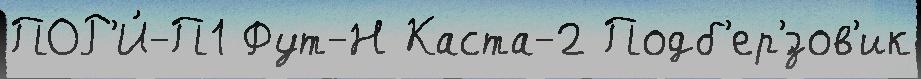
ПОР'И́-П1 Фут-Н Каста-2 Подб'ер'́зов'ик